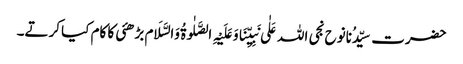
حضرت سیِّدُنانوح نجی اللہ عَلٰی نَبِیِّنَاوَعَلَیْہِ الصَّلٰوۃُ وَالسَّلَام بڑھئی کا کام کیا کرتے۔